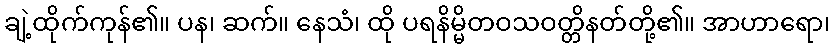
ချဲ့ထိုက်ကုန်၏။ ပန၊ ဆက်။ နေသံ၊ ထို ပရနိမ္မိတဝသဝတ္တိနတ်တို့၏။ အာဟာရော၊